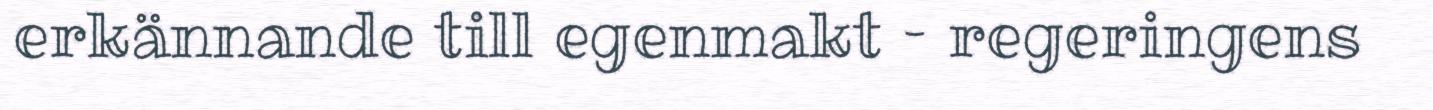
erkännande till egenmakt – regeringens